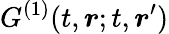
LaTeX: G^{(1)}(t,\boldsymbol{r};t,\boldsymbol{r}^{\prime})